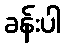
ခန်းပါ